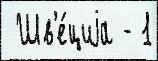
 Шв'е́циjа - 1